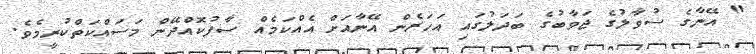
" އޭނާގެ ސުވާލުގެ ޖަވާބުގެ ބަދަލުގައި އަހަރެން އޭނާއަށް އެއްކަމެއް ސާފުކޮއްދޭން މަސައްކަތްކުރީމެވެ.